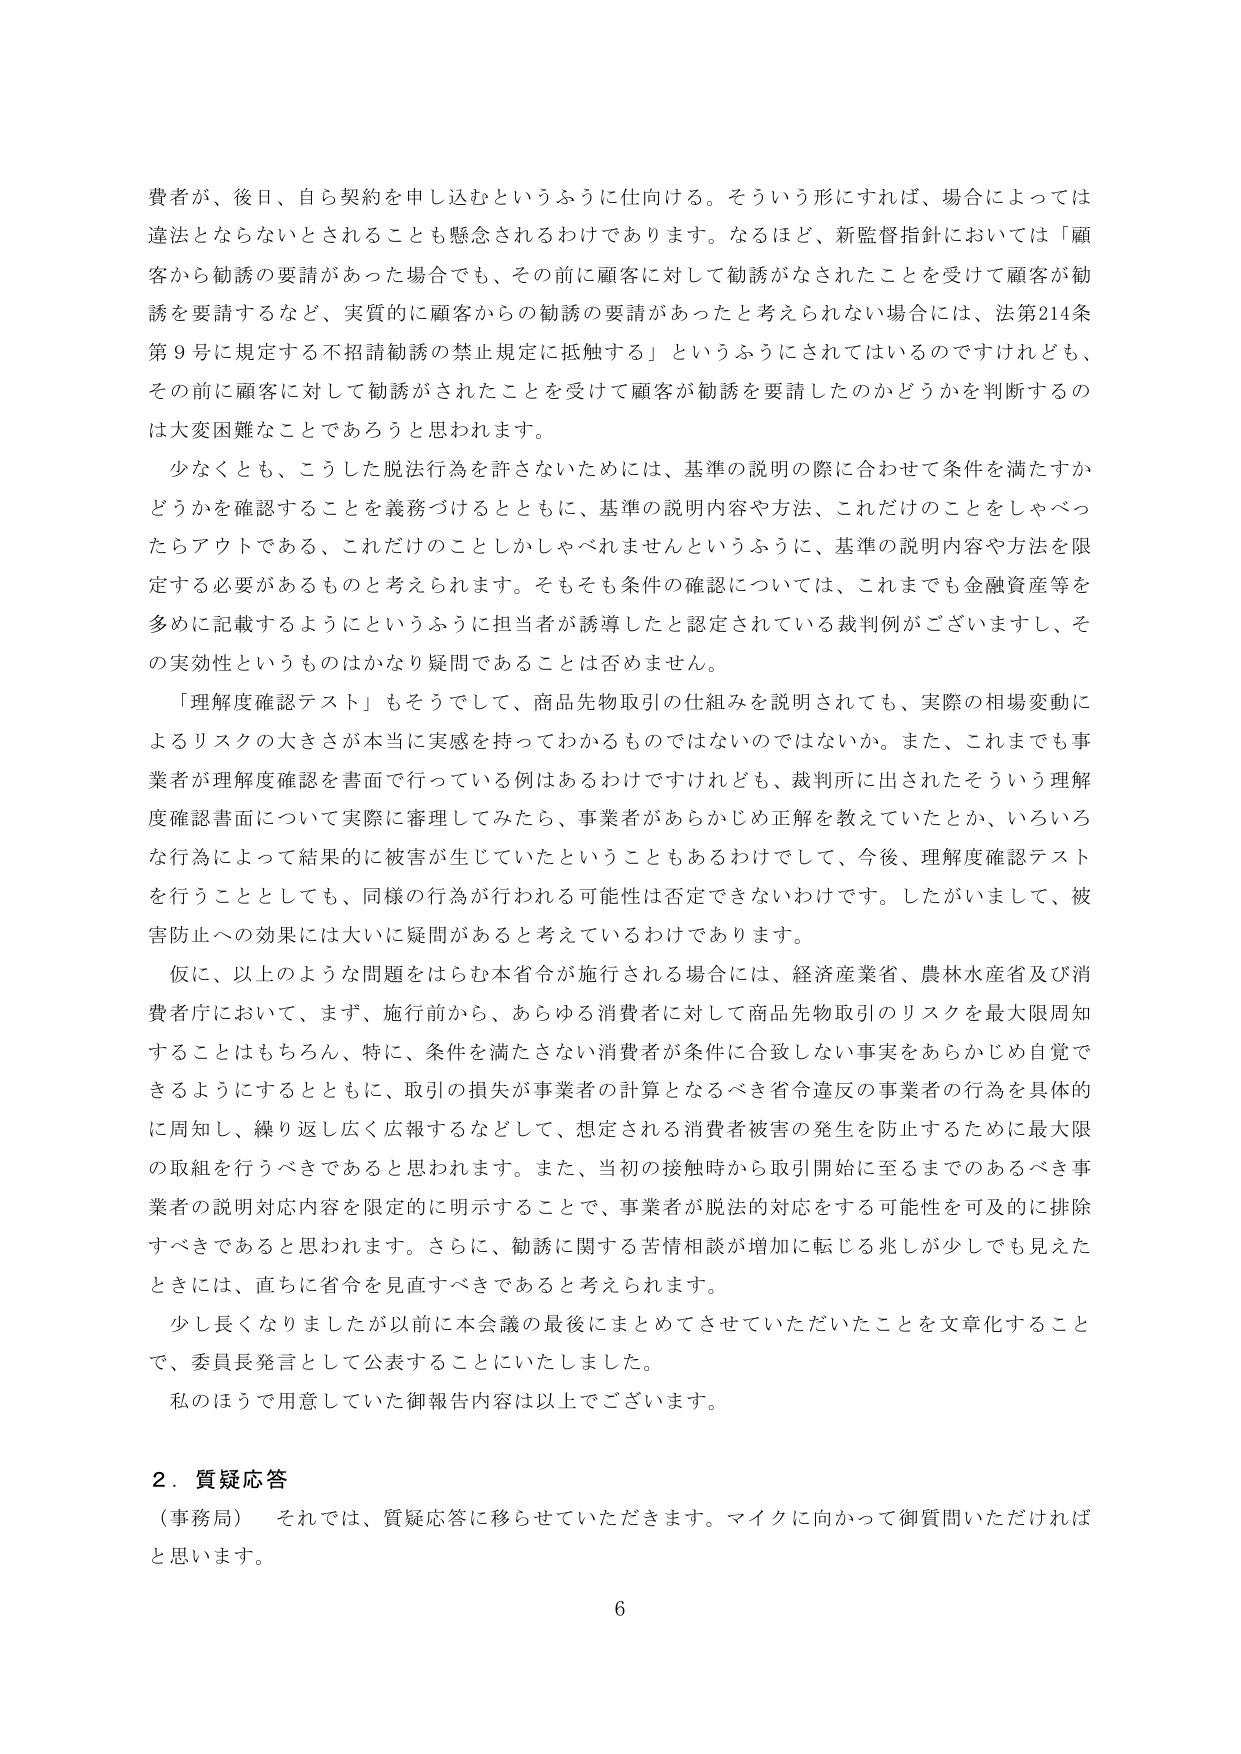
費者が、後日、自ら契約を申し込むというふうに仕向ける。そういう形にすれば、場合によっては違法とならないとされることも懸念されるわけであります。なるほど、新監督指針においては「顧客から勧誘の要請があった場合でも、その前に顧客に対して勧誘がなされたことを受けて顧客が勧誘を要請するなど、実質的に顧客からの勧誘の要請があったと考えられない場合には、法第214条第9号に規定する不招請勧誘の禁止規定に抵触する」というふうにされてはいるのですけれども、その前に顧客に対して勧誘がされたことを受けて顧客が勧誘を要請したのかどうかを判断するのは大変困難なことであろうと思われます。

少なくとも、こうした脱法行為を許さないためには、基準の説明の際に合わせて条件を満たすかどうかを確認することを義務づけるとともに、基準の説明内容や方法、これだけのことをしゃべったらアウトである、これだけのことしかしゃべれませんというふうに、基準の説明内容や方法を限定する必要があるものと考えられます。そもそも条件の確認については、これまでも金融資産等を多めに記載するようにというふうに担当者が誘導したと認定されている裁判例がございますし、その実効性というものはかなり疑問であることは否めません。

「理解度確認テスト」もそうして、商品先物取引の仕組みを説明されても、実際の相場変動によるリスクの大きさが本当に実感を持ってわかるものではないのではないか。また、これまでも事業者が理解度確認を書面で行っている例はあるわけですけれども、裁判所に出されたそういう理解度確認書面について実際に審理してみたら、事業者があらかじめ正解を教えていたとか、いろいろな行為によって結果的に被害が生じていたということもあるわけであって、今後、理解度確認テストを行うこととしても、同様の行為が行われる可能性は否定できないわけです。したがいまして、被害防止への効果には大いに疑問があると考えているわけであります。

仮に、以上のような問題をはらむ本省令が施行される場合には、経済産業省、農林水産省及び消費者庁において、まず、施行前から、あらゆる消費者に対して商品先物取引のリスクを最大限周知することはもちろん、特に、条件を満たさない消費者が条件に合致しない事実をあらかじめ自覚できるようにするとともに、取引の損失が事業者の計算となるべき省令違反の事業者の行為を具体的に周知し、繰り返し広く広報するなどして、想定される消費者被害の発生を防止するために最大限の取組を行うべきであると思われます。また、当初の接触時から取引開始に至るまでのあるべき事業者の説明対応内容を限定的に明示することで、事業者が脱法の対応をする可能性を可及的に排除すべきであると思われます。さらに、勧誘に関する苦情相談が増加に転じる兆しが少しでも見えたときには、直ちに省令を見直すべきであると考えられます。

少し長くなりましたが以前に本会議の最後にまとめてさせていただいたことを文章化することで、委員長発言として公表することにいたしました。

私のほうで用意していた御報告内容は以上でございます。

２．質疑応答

（事務局）　それでは、質疑応答に移らせていただきます。マイクに向かって御質問いただければと思います。

6